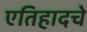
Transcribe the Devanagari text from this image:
एतिहादचे